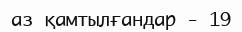
аз қамтылғандар - 19